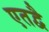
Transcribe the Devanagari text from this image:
एतद्वै